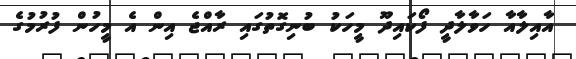
އާއިލާއާ ހަވާލާދީ ފޯކައިދޫ މީހަކު ބުނިގޮތުގައި ރާއްޖެ އިން އެ މީހުން ފުރުމުގެ